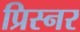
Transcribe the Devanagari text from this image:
प्रिस्नर